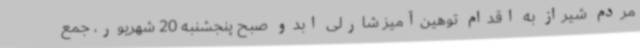
مردم شیراز به اقدام توهین‌آمیز شارلی ابدو صبح پنجشنبه 20 شهریور، جمع